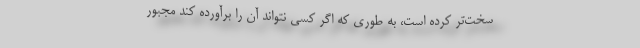
سخت‌تر کرده است، به طوری که اگر کسی نتواند آن را برآورده کند مجبور